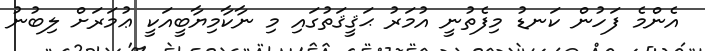
އެންމެ ފަހުން ކަނޑު މިފެތުނީ އުމަރު ޙަޤީޤަތުގައި މި ނާކާމިޔާބީއަކީ ޢުމަރަށް ލިބުނު